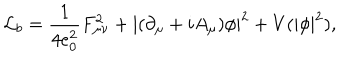
LaTeX: { \cal L } _ { b } = \frac { 1 } { 4 e _ { 0 } ^ { 2 } } F _ { \mu \nu } ^ { 2 } + | ( \partial _ { \mu } + i A _ { \mu } ) \phi | ^ { 2 } + V ( | \phi | ^ { 2 } ) ,